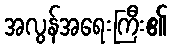
အလွန်အရေးကြီး၏